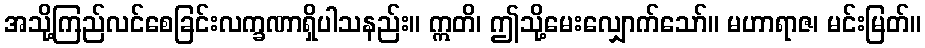
အသို့ကြည်လင်စေခြင်းလက္ခဏာရှိပါသနည်း။ ဣတိ၊ ဤသို့မေးလျှောက်သော်။ မဟာရာဇ၊ မင်းမြတ်။